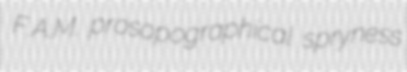
F.A.M. prosopographical spryness